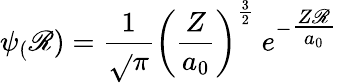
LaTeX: \psi_{(}\mathscr{R})={\frac{{1}}{{\sqrt{}{{\pi}}}}}\left({\frac{{Z}}{{a_{0}}}}\right)^{\frac{{3}}{{2}}}\ e^{-{\textstyle{\frac{{Z\mathscr{R}}}{{a_{0}}}}}}